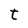
Character: t